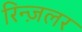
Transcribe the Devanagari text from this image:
रिन्ज़लर